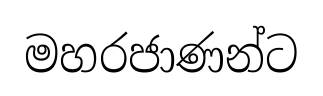
මහරජාණන්ට